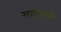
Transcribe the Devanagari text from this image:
महानाम्नी